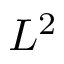
L ^ { 2 }